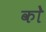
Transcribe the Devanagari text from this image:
काेे